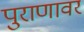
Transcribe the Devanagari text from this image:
पुराणावर